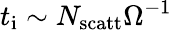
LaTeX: t_{\mathrm{i}}\sim N_{\mathrm{scatt}}\Omega^{-1}